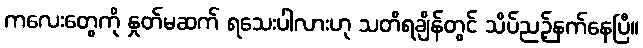
ကလေးတွေကို နှုတ်မဆက် ရသေးပါလားဟု သတိရချိန်တွင် သိပ်ညဉ့်နက်နေပြီ။